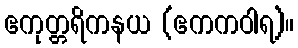
ဧကုတ္တရိကနယ (ဧကကဝါရ)။